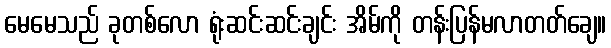
မေမေသည် ခုတစ်လော ရုံးဆင်းဆင်းချင်း အိမ်ကို တန်းပြန်မလာတတ်ချေ။